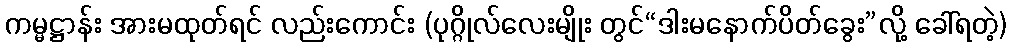
ကမ္မဋ္ဌာန်း အားမထုတ်ရင် လည်းကောင်း (ပုဂ္ဂိုလ်လေးမျိုး တွင်“ဒါးမနောက်ပိတ်ခွေး”လို့ ခေါ်ရတဲ့)